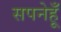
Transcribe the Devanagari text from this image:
सपनेहूँ